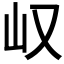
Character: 𫵴